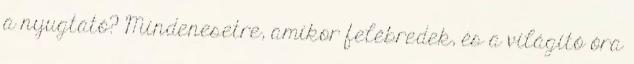
a nyugtató? Mindenesetre, amikor felébredek, és a világító óra